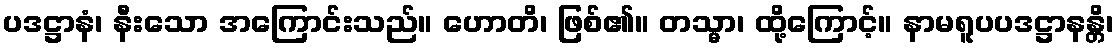
ပဒဋ္ဌာနံ၊ နီးသော အကြောင်းသည်။ ဟောတိ၊ ဖြစ်၏။ တသ္မာ၊ ထို့ကြောင့်။ နာမရူပပဒဋ္ဌာနန္တိ၊